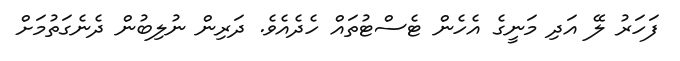
ފަހަރު ލޭ އަދި މަނީގެ އެހެން ޓެސްޓުތައް ހެދެއެވެ. ދަރިން ނުލިބުން ދެނެގަތުމަށް